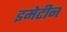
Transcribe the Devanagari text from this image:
इमेटीन